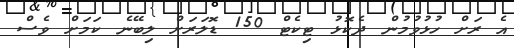
އެ ރަށް ހުޅުވުމުން ދެކޮޅު ޓިކެޓް 150 ޑޮލަރަށް ލިބޭނެ ކަމަށް ވެސް